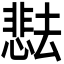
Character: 𫨰